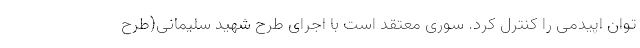
توان اپیدمی را کنترل کرد. سوری معتقد است با اجرای طرح شهید سلیمانی(طرح